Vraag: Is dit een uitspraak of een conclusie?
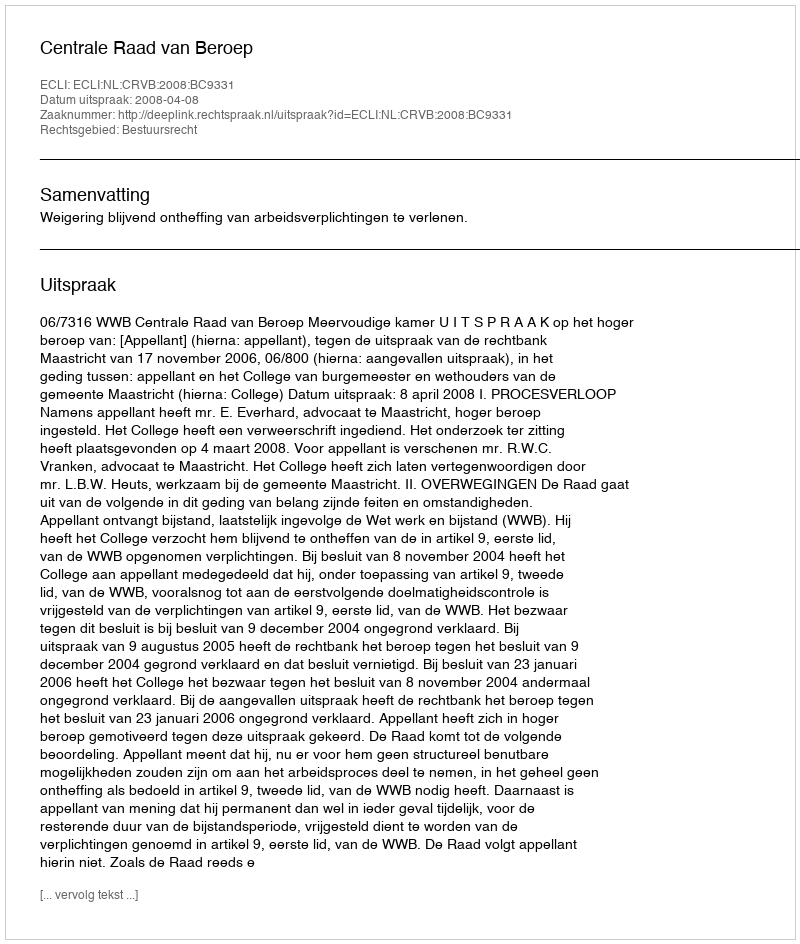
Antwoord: Uitspraak